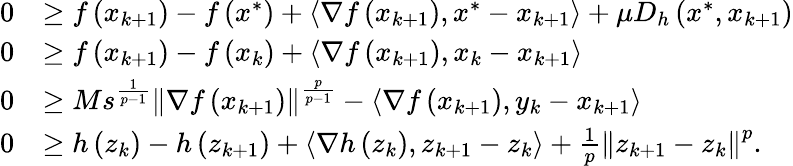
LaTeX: \begin{array}{rl}{0}&{\geq f\left(x_{k+1}\right)-f\left(x^{*}\right)+\left\langle\nabla f\left(x_{k+1}\right),x^{*}-x_{k+1}\right\rangle+\mu D_{h}\left(x^{*},x_{k+1}\right)}\\ {0}&{\geq f\left(x_{k+1}\right)-f\left(x_{k}\right)+\left\langle\nabla f\left(x_{k+1}\right),x_{k}-x_{k+1}\right\rangle}\\ {0}&{\geq Ms^{\frac{1}{p-1}}\left\Vert\nabla f\left(x_{k+1}\right)\right\Vert^{\frac{p}{p-1}}-\left\langle\nabla f\left(x_{k+1}\right),y_{k}-x_{k+1}\right\rangle}\\ {0}&{\geq h\left(z_{k}\right)-h\left(z_{k+1}\right)+\left\langle\nabla h\left(z_{k}\right),z_{k+1}-z_{k}\right\rangle+\frac{1}{p}\left\Vert z_{k+1}-z_{k}\right\Vert^{p}.}\end{array}